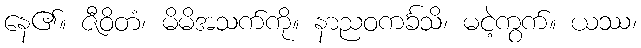
နေ၏။ ဇီဝိတံ၊ မိမိအသက်ကို။ နာညဝကင်္ခသိ၊ မငဲ့ကွက်။ ယဿ၊